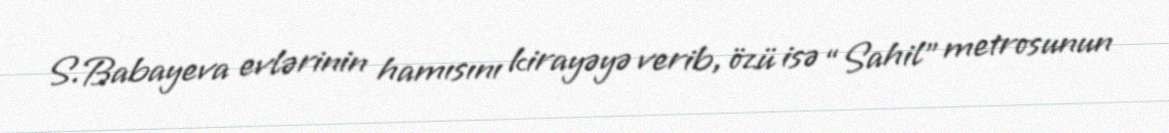
S.Babayeva evlərinin hamısını kirayəyə verib, özü isə “Sahil” metrosunun